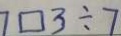
7 \square 3 \div 7